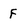
Character: f